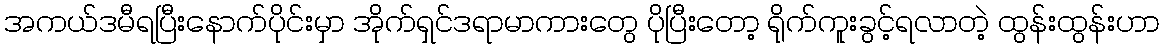
အကယ်ဒမီရပြီးနောက်ပိုင်းမှာ အိုက်ရှင်ဒရာမာကားတွေ ပိုပြီးတော့ ရိုက်ကူးခွင့်ရလာတဲ့ ထွန်းထွန်းဟာ